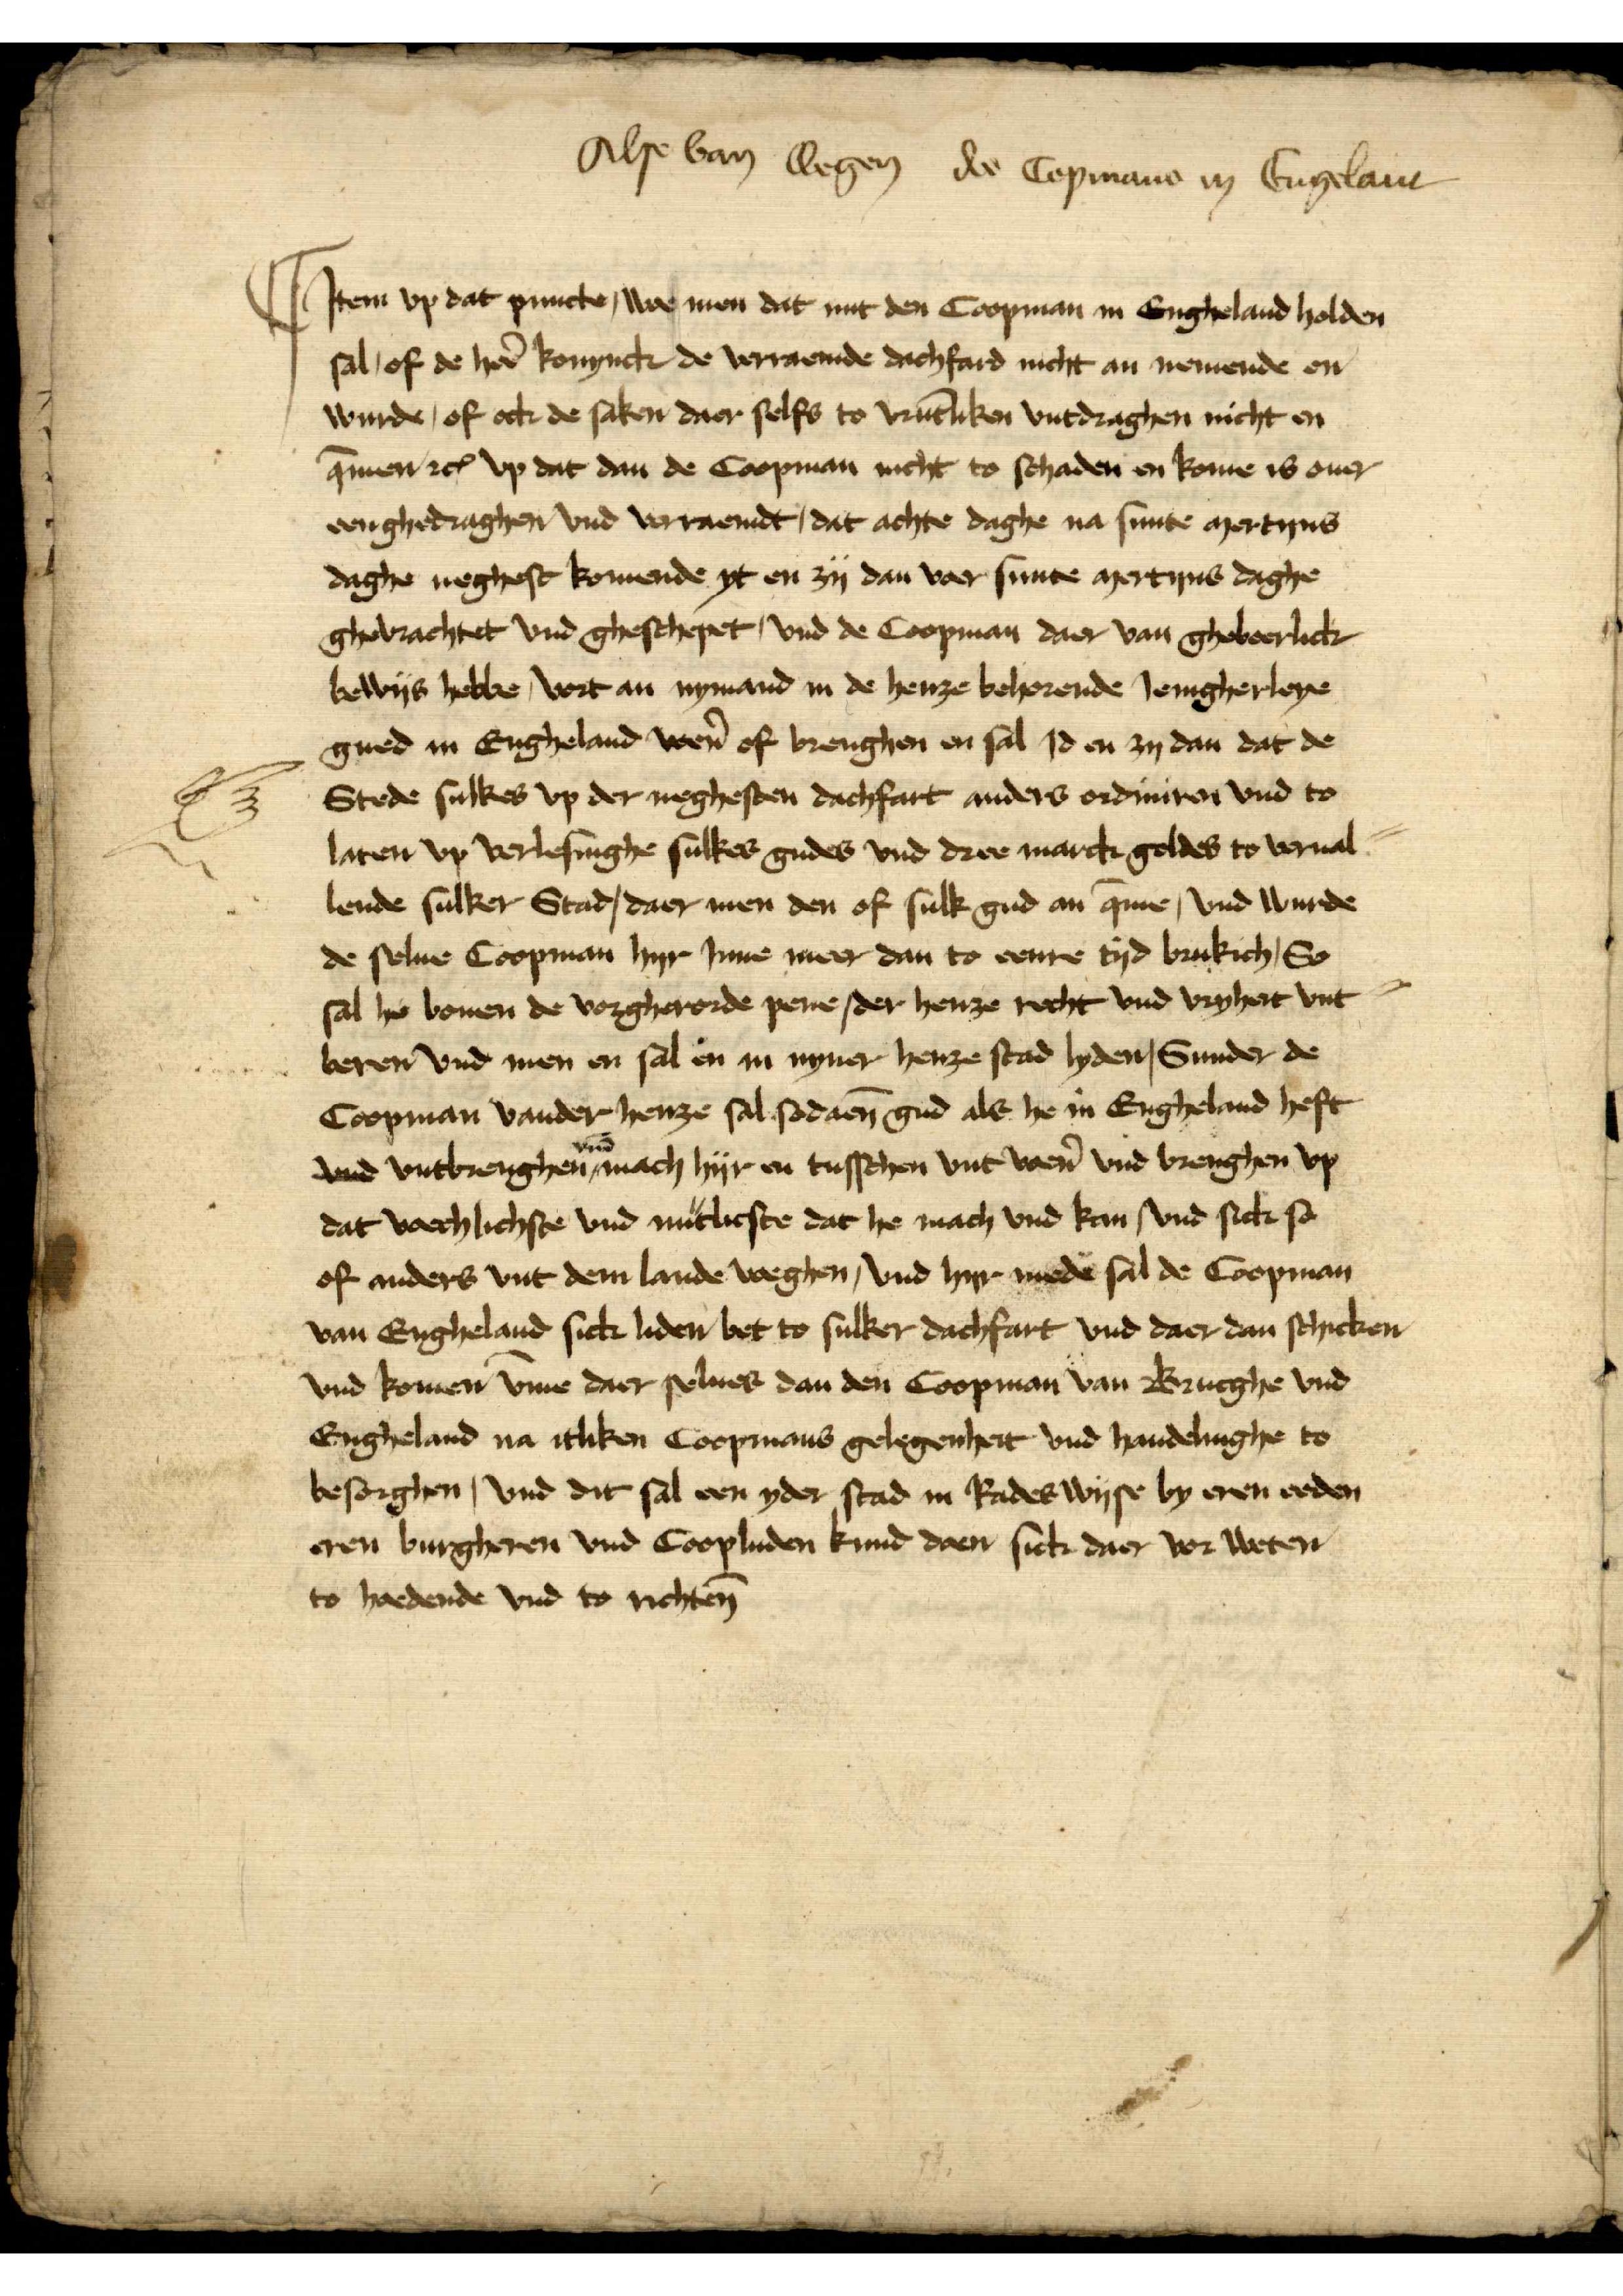
Alse van wegen des Copmans in Engelant

Jtem vp dat puncte, de men dat mit den Coopman in Engeland holden
sal, of de her̉ konynck de verraemde dachfard nicht an nemende en
wurde, of ock de saken daer selfs to vrūtliken vntdraghen nicht en
q̄men etꝬ vp dat dan de Coopman nicht to schaden en komen is ouer
eenghedraghen vnd vorraemdt, dat achte daghe na sunte mertyns
daghe neghest komende yt en zy dan vor sunte mertens daghe
ghevrachtet vnd geschepet, vnd de Coopman daer van ghevoerlick
bewys hebbe, vort an nymand in de henze behorende Jenigherleye
gued in Engeland wẻn of brenghen en sal Jd en zy dan dat de
Stede sulkes vp der neghesten dachfart anders ordiniren vnd to
laten vp verlesinghe sulkes gudes vnd dree Marck geldes to verual¬
lende sulker Stad, daer men den of sulk gud an q̄me vnd wurde
de selue Coopman hyr Jnne meer dan to eme tyd brukich, So
sal he bouen de vorgherorde pene, der henze recht vnd vryheit vnt¬
beren vnd men en sal en in nyner henze stad lyden, Sunder de
Coopman vander henze sal sodaen̄ gud als he in Engeland heft
vnd vntbrenghē vnd mach hyr en tusschen vnt wẻn vnd brengen vp
dat vaechlichste vnd nutlicste dat he mach vnd kan vnd sick so
of anders vnt dem lande weghen, vnd hyr mede sal de Coopman
van Engheland sick liden bet to sulker dachfart vnd daer dan schicken
vnd komen v̄me der selues dan den Coopman van Brucge vnd
Engheland na itliken Coopmans gelegenheit vnd handelinghe to
besorghen, vnd dit sal een yder stad in Rades wyse by eren eeden
eren burgheren vnd Coopluden kund doen sick daer vor weten
to hedende vnd to richten̄